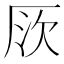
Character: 𠩗